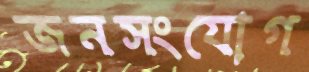
জনসংযোগ